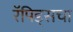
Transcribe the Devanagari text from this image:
रॅपिड्सचा